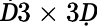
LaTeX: \mathit Ḋ3\times 3Ḍ